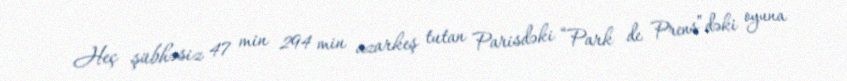
Heç şübhəsiz 47 min 294 min azarkeş tutan Parisdəki “Park de Prens”dəki oyuna